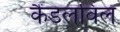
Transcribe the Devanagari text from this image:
कैंडलविल